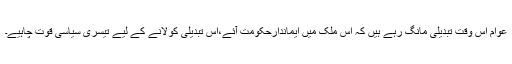
عوام اس وقت تبدیلی مانگ رہے ہیں کہ اس ملک میں ایماندارحکومت آئے،اس تبدیلی کولانے کے لیے تیسری سیاسی قوت چاہیے۔